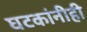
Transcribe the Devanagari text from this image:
घटकांनीही